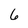
Character: 6